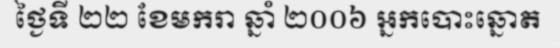
ថ្ងៃទី ២២ ខែមករា ឆ្នាំ ២០០៦ អ្នកបោះឆ្នោត